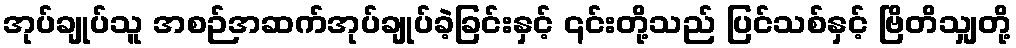
အုပ်ချုပ်သူ အစဉ်အဆက်အုပ်ချုပ်ခဲ့ခြင်းနှင့် ၎င်းတို့သည် ပြင်သစ်နှင့် ဗြိတိသျှတို့